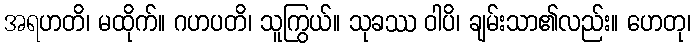
အရဟတိ၊ မထိုက်။ ဂဟပတိ၊ သူကြွယ်။ သုခဿ ဝါပိ၊ ချမ်းသာ၏လည်း။ ဟေတု၊